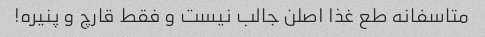
متاسفانه طع غذا اصلن جالب نیست و فقط قارچ و پنیره!